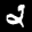
Label: 2